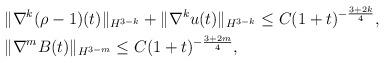
LaTeX: \begin{align*}\begin{aligned}&\|\nabla^k(\rho-1)(t)\|_{H^{3-k}}+\|\nabla^k u(t)\|_{H^{3-k}}\le C(1+t)^{-\frac{3+2k}{4}},\\&\|\nabla^m B(t)\|_{H^{3-m}}\le C(1+t)^{-\frac{3+2m}{4}},\\\end{aligned}\end{align*}